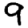
Digit: 9